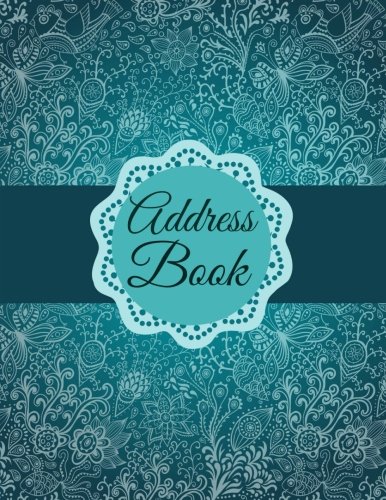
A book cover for Address Book (Simply Beautiful Address Books-Extra Large ) (Volume 37); Creative Planners; Business & Money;